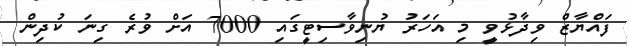
ފައްޔާޒް ވިދާޅުވީ މި އަހަރު ޔުނިވާސިޓީގައި 7000 އަށް ވުރެ ގިނަ ކުދިން